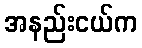
အနည်းငယ်က